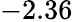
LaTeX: -2.36